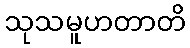
သုသမူဟတာတိ